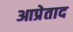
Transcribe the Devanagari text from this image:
आप्रेताद